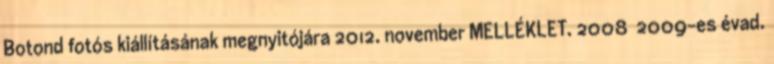
Botond fotós kiállításának megnyitójára 2012. november MELLÉKLET. 2008 2009-es évad.